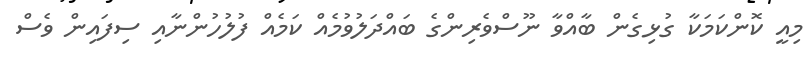
މިއީ ކޮންކަމަކާ ގުޅިގެން ބާއްވާ ނޫސްވެރިންގެ ބައްދަލުވުމެއް ކަމެއް ފުލުހުންނާއި ސިފައިން ވެސް